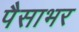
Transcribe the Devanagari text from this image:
पैसाभर